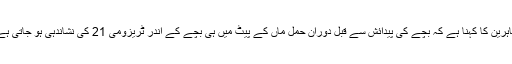
ماہرین کا کہنا ہے کہ بچے کی پیدائش سے قبل دوران حمل ماں کے پیٹ میں ہی بچے کے اندر ٹریزومی 21 کی نشاندہی ہو جاتی ہے۔